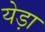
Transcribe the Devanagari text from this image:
येड़ा